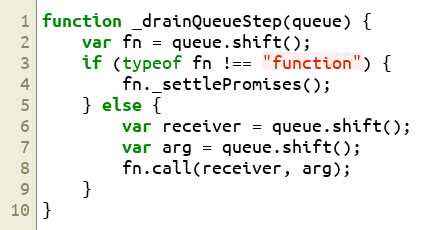
Language: JavaScript
function _drainQueueStep(queue) {
    var fn = queue.shift();
    if (typeof fn !== "function") {
        fn._settlePromises();
    } else {
        var receiver = queue.shift();
        var arg = queue.shift();
        fn.call(receiver, arg);
    }
}